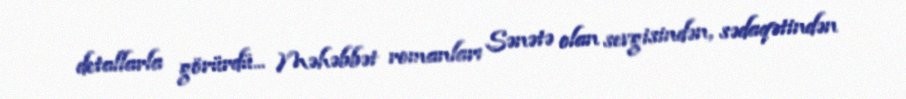
detallarla görürdü... Məhəbbət romanları Sənətə olan sevgisindən, sədaqətindən